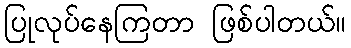
ပြုလုပ်နေကြတာ ဖြစ်ပါတယ်။